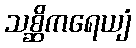
သစ္ဆိကရေယျံ